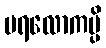
ပရလောကမ္ပိ